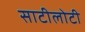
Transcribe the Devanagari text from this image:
साटीलोटी